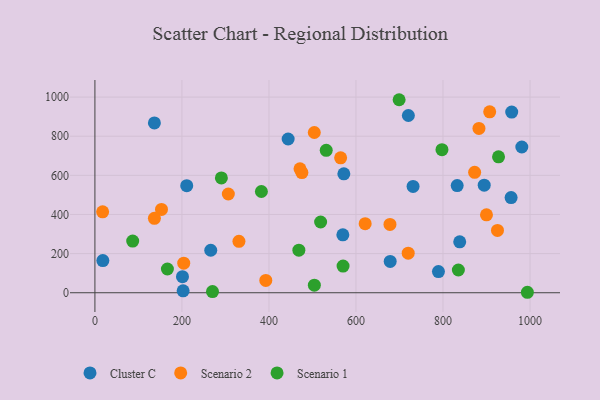
{"axis": {"x": "Experience", "y": "Yield"}, "legend": ["Cluster C", "Scenario 1", "Scenario 2"], "data": [{"x": "444.1", "y": 785.7, "type": "Cluster C"}, {"x": "789.5", "y": 108.4, "type": "Cluster C"}, {"x": "957.9", "y": 923.6, "type": "Cluster C"}, {"x": "720.4", "y": 905.8, "type": "Cluster C"}, {"x": "136.7", "y": 868.1, "type": "Cluster C"}, {"x": "201.2", "y": 82.2, "type": "Cluster C"}, {"x": "894.7", "y": 549.9, "type": "Cluster C"}, {"x": "572.1", "y": 607.6, "type": "Cluster C"}, {"x": "731.2", "y": 543.6, "type": "Cluster C"}, {"x": "832.6", "y": 547.6, "type": "Cluster C"}, {"x": "202.7", "y": 10.0, "type": "Cluster C"}, {"x": "678.6", "y": 160.3, "type": "Cluster C"}, {"x": "838.4", "y": 260.4, "type": "Cluster C"}, {"x": "266.2", "y": 217.3, "type": "Cluster C"}, {"x": "981.1", "y": 744.8, "type": "Cluster C"}, {"x": "956.5", "y": 486.2, "type": "Cluster C"}, {"x": "211.0", "y": 547.2, "type": "Cluster C"}, {"x": "569.8", "y": 296.0, "type": "Cluster C"}, {"x": "18.2", "y": 164.2, "type": "Cluster C"}, {"x": "907.3", "y": 924.9, "type": "Scenario 2"}, {"x": "504.2", "y": 819.1, "type": "Scenario 2"}, {"x": "17.7", "y": 413.7, "type": "Scenario 2"}, {"x": "899.9", "y": 398.4, "type": "Scenario 2"}, {"x": "678.1", "y": 349.0, "type": "Scenario 2"}, {"x": "331.0", "y": 262.8, "type": "Scenario 2"}, {"x": "306.6", "y": 504.6, "type": "Scenario 2"}, {"x": "153.0", "y": 426.0, "type": "Scenario 2"}, {"x": "720.0", "y": 202.2, "type": "Scenario 2"}, {"x": "925.2", "y": 318.7, "type": "Scenario 2"}, {"x": "204.1", "y": 151.0, "type": "Scenario 2"}, {"x": "392.7", "y": 63.2, "type": "Scenario 2"}, {"x": "471.3", "y": 633.3, "type": "Scenario 2"}, {"x": "136.7", "y": 380.5, "type": "Scenario 2"}, {"x": "475.7", "y": 614.0, "type": "Scenario 2"}, {"x": "621.1", "y": 353.0, "type": "Scenario 2"}, {"x": "882.6", "y": 839.8, "type": "Scenario 2"}, {"x": "872.7", "y": 615.2, "type": "Scenario 2"}, {"x": "564.7", "y": 689.7, "type": "Scenario 2"}, {"x": "518.7", "y": 361.6, "type": "Scenario 1"}, {"x": "927.6", "y": 694.6, "type": "Scenario 1"}, {"x": "699.1", "y": 986.5, "type": "Scenario 1"}, {"x": "166.6", "y": 121.3, "type": "Scenario 1"}, {"x": "86.8", "y": 263.9, "type": "Scenario 1"}, {"x": "835.3", "y": 116.3, "type": "Scenario 1"}, {"x": "290.6", "y": 587.0, "type": "Scenario 1"}, {"x": "468.7", "y": 217.7, "type": "Scenario 1"}, {"x": "382.6", "y": 517.5, "type": "Scenario 1"}, {"x": "531.6", "y": 727.8, "type": "Scenario 1"}, {"x": "570.3", "y": 136.1, "type": "Scenario 1"}, {"x": "797.6", "y": 731.4, "type": "Scenario 1"}, {"x": "270.2", "y": 5.9, "type": "Scenario 1"}, {"x": "993.9", "y": 2.4, "type": "Scenario 1"}, {"x": "504.3", "y": 38.9, "type": "Scenario 1"}]}